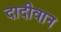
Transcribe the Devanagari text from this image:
दादीवान